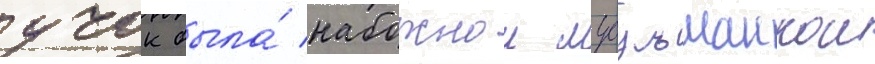
учок была́ набожнои мусульманкои